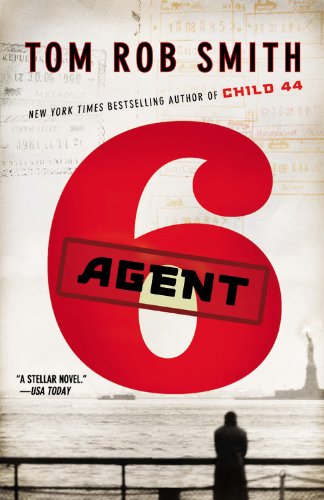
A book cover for Agent 6 (The Child 44 Trilogy); Tom Rob Smith; Mystery, Thriller & Suspense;